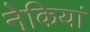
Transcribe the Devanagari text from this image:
नेकियां